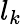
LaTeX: l_{k}